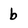
Character: b